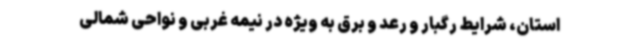
استان، شرایط رگبار و رعد و برق به ویژه در نیمه غربی و نواحی شمالی